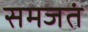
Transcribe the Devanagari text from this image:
समजतं